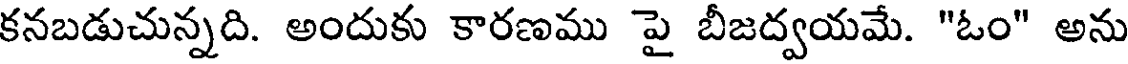
కనబడుచున్నది. అందుకు కారణము పై బీజద్వయమే. "ఓం" అను